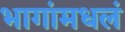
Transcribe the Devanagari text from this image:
भागांमधलं